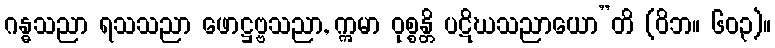
ဂန္ဓသညာ ရသသညာ ဖောဋ္ဌဗ္ဗသညာ, ဣမာ ဝုစ္စန္တိ ပဋိဃသညာယော”တိ (ဝိဘ။ ၆၀၃)။